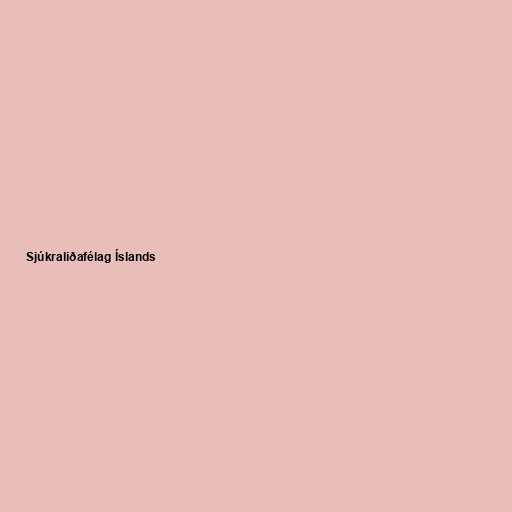
Sjúkraliðafélag Íslands